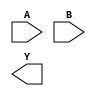
module sky130_fd_sc_hs__nand2 (
    //# {{data|Data Signals}}
    input  A,
    input  B,
    output Y
);

    // Voltage supply signals
    supply1 VPWR;
    supply0 VGND;

endmodule